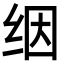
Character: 𬘡